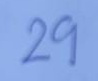
29